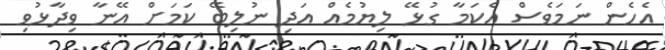
އެހެން ނަމަވެސް އެކަމާ ގުޅޭ ލިޔުމެއް އަދި ނުލިބޭ ކަމަށް އޭނާ ވިދާޅުވި